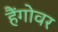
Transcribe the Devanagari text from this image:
हैंगोवर